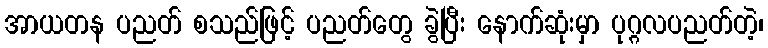
အာယတန ပညတ် စသည်ဖြင့် ပညတ်တွေ ခွဲပြီး နောက်ဆုံးမှာ ပုဂ္ဂလပညတ်တဲ့၊